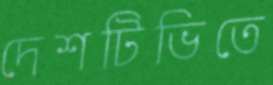
দেশটিভিতে